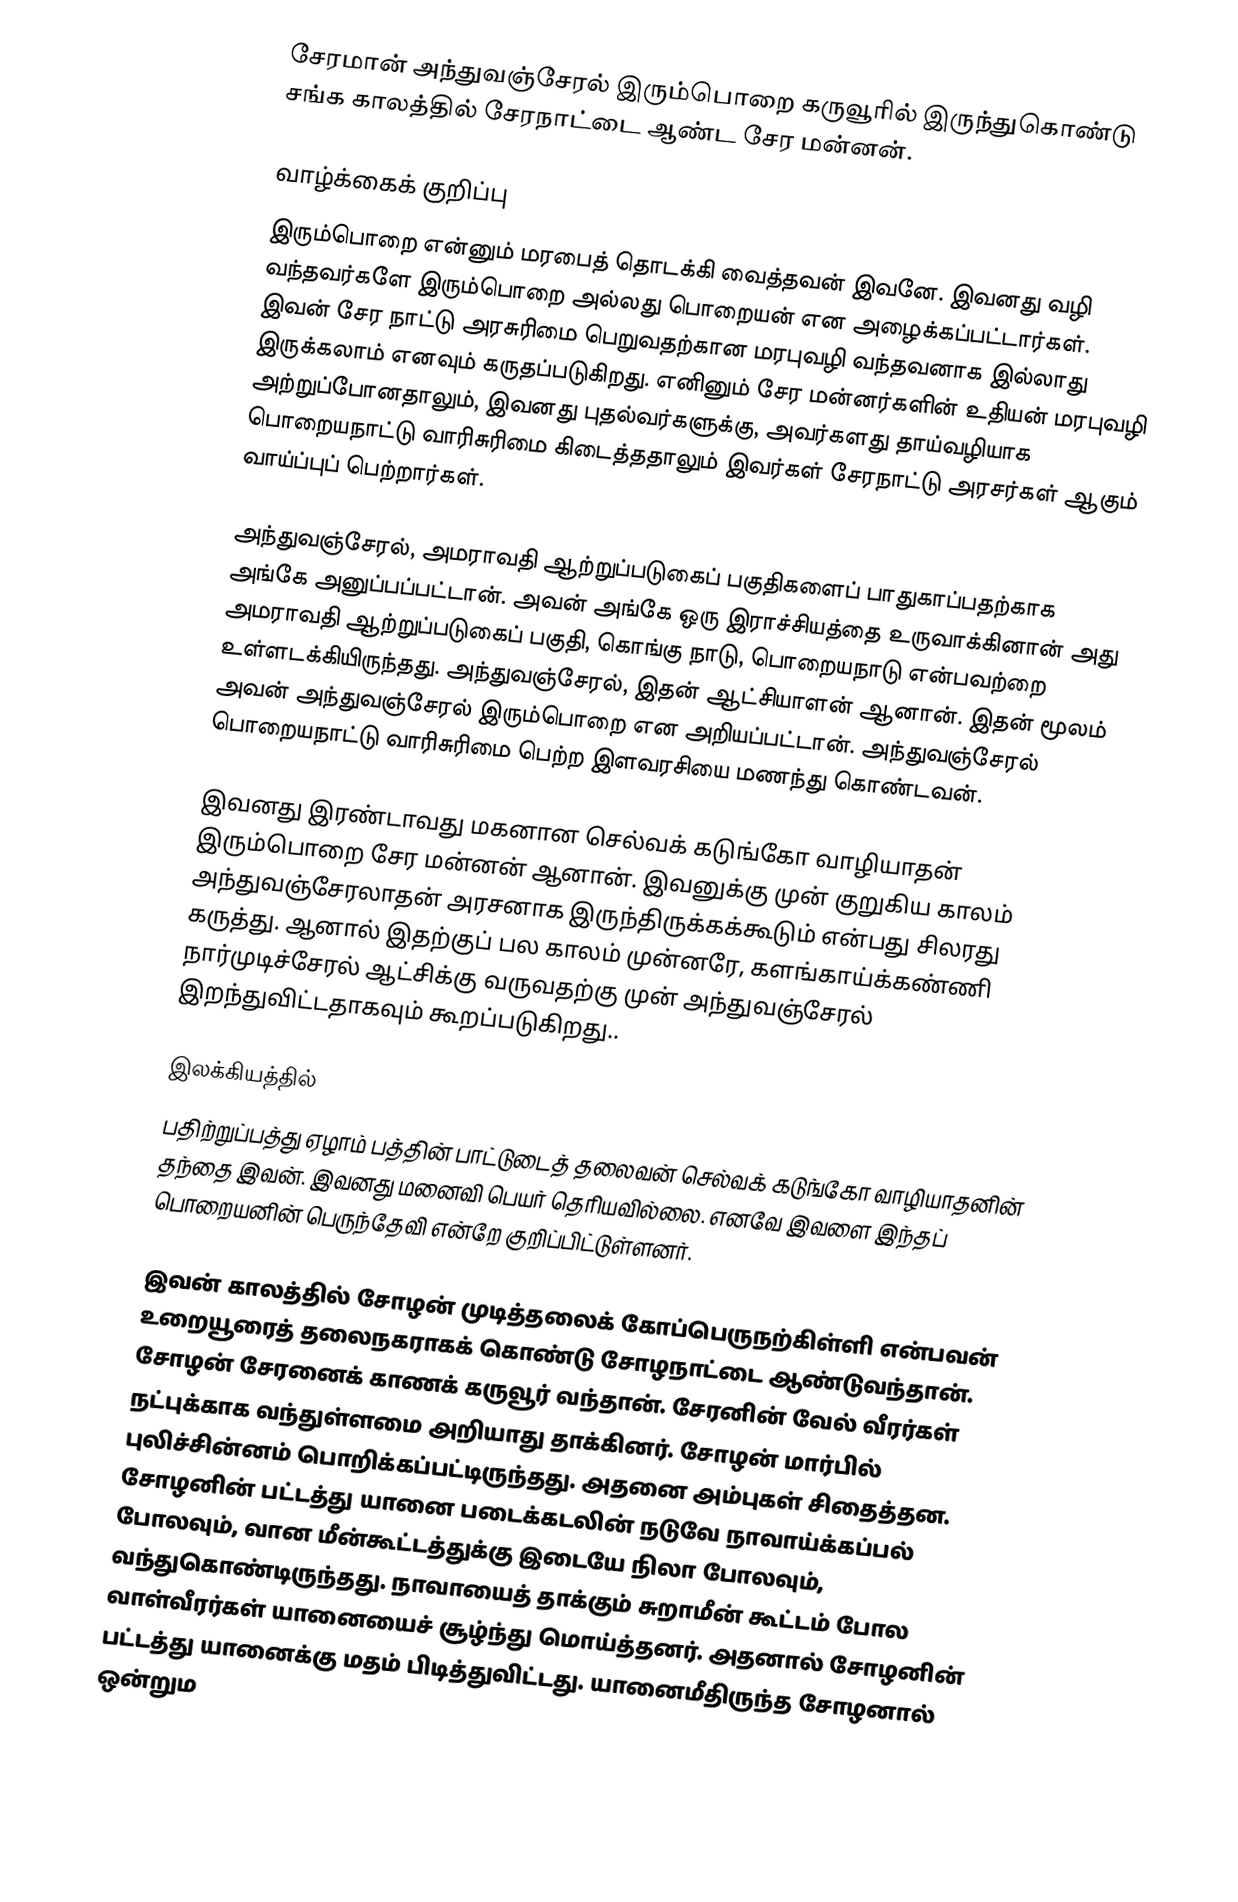
சேரமான் அந்துவஞ்சேரல் இரும்பொறை கருவூரில் இருந்துகொண்டு சங்க காலத்தில் சேரநாட்டை ஆண்ட சேர மன்னன்.

வாழ்க்கைக் குறிப்பு
இரும்பொறை என்னும் மரபைத் தொடக்கி வைத்தவன் இவனே. இவனது வழி வந்தவர்களே இரும்பொறை அல்லது பொறையன் என அழைக்கப்பட்டார்கள். இவன் சேர நாட்டு அரசுரிமை பெறுவதற்கான மரபுவழி வந்தவனாக இல்லாது இருக்கலாம் எனவும் கருதப்படுகிறது. எனினும் சேர மன்னர்களின் உதியன் மரபுவழி அற்றுப்போனதாலும், இவனது புதல்வர்களுக்கு, அவர்களது தாய்வழியாக பொறையநாட்டு வாரிசுரிமை கிடைத்ததாலும் இவர்கள் சேரநாட்டு அரசர்கள் ஆகும் வாய்ப்புப் பெற்றார்கள்.

அந்துவஞ்சேரல், அமராவதி ஆற்றுப்படுகைப் பகுதிகளைப் பாதுகாப்பதற்காக அங்கே அனுப்பப்பட்டான். அவன் அங்கே ஒரு இராச்சியத்தை உருவாக்கினான் அது அமராவதி ஆற்றுப்படுகைப் பகுதி, கொங்கு நாடு, பொறையநாடு என்பவற்றை உள்ளடக்கியிருந்தது. அந்துவஞ்சேரல், இதன் ஆட்சியாளன் ஆனான். இதன் மூலம் அவன் அந்துவஞ்சேரல் இரும்பொறை என அறியப்பட்டான். அந்துவஞ்சேரல் பொறையநாட்டு வாரிசுரிமை பெற்ற இளவரசியை மணந்து கொண்டவன்.

இவனது இரண்டாவது மகனான செல்வக் கடுங்கோ வாழியாதன் இரும்பொறை சேர மன்னன் ஆனான். இவனுக்கு முன் குறுகிய காலம் அந்துவஞ்சேரலாதன் அரசனாக இருந்திருக்கக்கூடும் என்பது சிலரது கருத்து. ஆனால் இதற்குப் பல காலம் முன்னரே, களங்காய்க்கண்ணி நார்முடிச்சேரல் ஆட்சிக்கு வருவதற்கு முன் அந்துவஞ்சேரல் இறந்துவிட்டதாகவும் கூறப்படுகிறது..

இலக்கியத்தில்
பதிற்றுப்பத்து ஏழாம் பத்தின் பாட்டுடைத் தலைவன் செல்வக் கடுங்கோ வாழியாதனின் தந்தை இவன்.  இவனது மனைவி பெயர் தெரியவில்லை. எனவே இவளை இந்தப் பொறையனின் பெருந்தேவி என்றே குறிப்பிட்டுள்ளனர்.

இவன் காலத்தில் சோழன் முடித்தலைக் கோப்பெருநற்கிள்ளி என்பவன் உறையூரைத் தலைநகராகக் கொண்டு சோழநாட்டை ஆண்டுவந்தான். சோழன் சேரனைக் காணக் கருவூர் வந்தான். சேரனின் வேல் வீரர்கள் நட்புக்காக வந்துள்ளமை அறியாது தாக்கினர். சோழன் மார்பில் புலிச்சின்னம் பொறிக்கப்பட்டிருந்தது. அதனை அம்புகள் சிதைத்தன. சோழனின் பட்டத்து யானை படைக்கடலின் நடுவே நாவாய்க்கப்பல் போலவும், வான மீன்கூட்டத்துக்கு இடையே நிலா போலவும், வந்துகொண்டிருந்தது. நாவாயைத் தாக்கும் சுறாமீன் கூட்டம் போல வாள்வீரர்கள் யானையைச் சூழ்ந்து மொய்த்தனர். அதனால் சோழனின் பட்டத்து யானைக்கு மதம் பிடித்துவிட்டது. யானைமீதிருந்த சோழனால் ஒன்றும